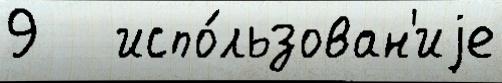
9   испо́льзован'иjе